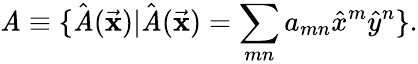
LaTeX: {\cal\mathit{A}}\equiv\{ \hat{{\mathit{A}}}({\vec{{\mathbf{x}}}})|\hat{{\mathit{A}}}({\vec{{\mathbf{x}}}})=\sum_{mn}a_{mn}{\hat{{x}}}^{m}{\hat{{y}}}^{n}\} .